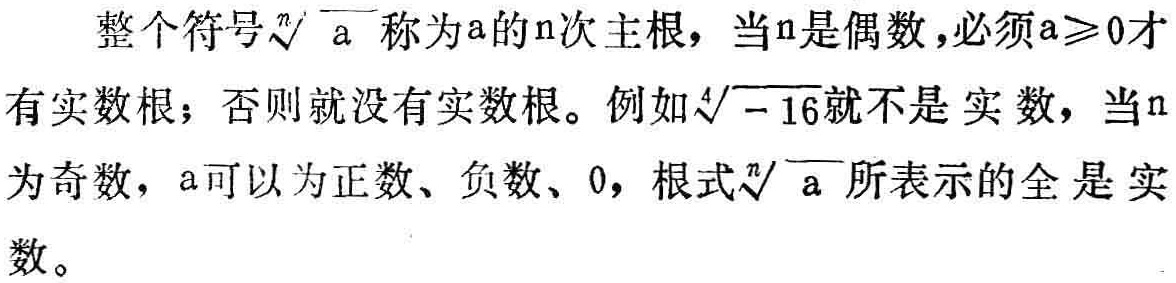
整个符号$\sqrt[n]{a}$称为a的n次主根，当n是偶数，必须$a\geq0$才有实数根；否则就没有实数根。例如$\sqrt[4]{-16}$就不是实数，当n为奇数，a可以为正数、负数、0，根式$\sqrt[n]{a}$所表示的全是实数。